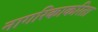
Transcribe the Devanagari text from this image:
नागरिकाकरिता